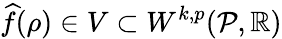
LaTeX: \widehat{f}(\rho)\in V\subset W^{k,p}({\mathcal{P}},\mathbb{R})